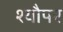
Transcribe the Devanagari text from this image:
श्यौपर